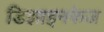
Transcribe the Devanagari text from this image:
डिझाइनफेज